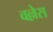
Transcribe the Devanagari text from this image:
वल्लेस